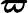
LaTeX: \boldsymbol{\varpi}